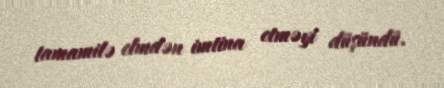
tamamilə elmdən imtina etməyi düşündü.